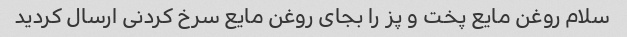
سلام روغن مایع پخت و پز را بجای روغن مایع سرخ کردنی ارسال کردید